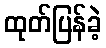
ထုတ်ပြန်ခဲ့